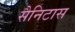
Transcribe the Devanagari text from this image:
सैनिटास